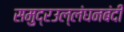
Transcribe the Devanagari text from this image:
समुद्रउल्लंघनबंदी